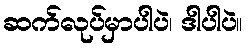
ဆက်လုပ်မှာပါပဲ၊ ဒါပါပဲ။